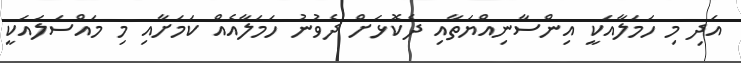
އަދި މި ހަމަލާއަކީ އިންސާނިއްޔަތާއި ދެކޮޅަށް ދެވުނު ހަމަލާއެއް ކަމަށާއި މި މައްސަލައަކީ